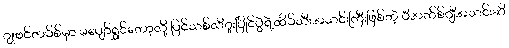
ဂျုဗင်တပ်စ်မှာ မပျော်ရွှင်တော့လို့ ပြင်သစ်လီဂူးပြိုင်ပွဲရဲ့ထိပ်သီးအသင်းကြီးဖြစ်တဲ့ ပီအက်စ်ဂျီအသင်းဆီ